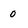
Character: 0